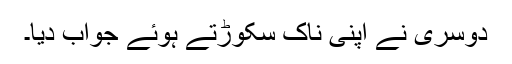
دوسری نے اپنی ناک سکوڑتے ہوئے جواب دیا۔